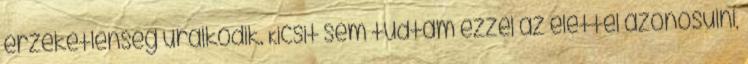
érzéketlenség uralkodik. Kicsit sem tudtam ezzel az élettel azonosulni,